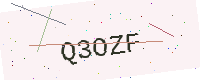
Text: Q3OZF